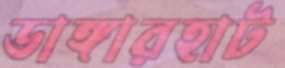
ডাঙ্গারহাট